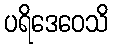
ပရိဒေဝေသိ